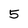
Character: 5